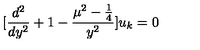
[ \frac { d ^ { 2 } } { d y ^ { 2 } } + 1 - \frac { \mu ^ { 2 } - \frac { 1 } { 4 } } { y ^ { 2 } } ] u _ { k } = 0